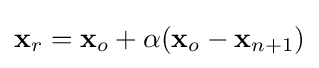
\mathbf {x} _{r}=\mathbf {x} _{o}+\alpha (\mathbf {x} _{o}-\mathbf {x} _{n+1})